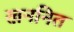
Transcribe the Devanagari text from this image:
खननित